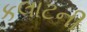
કલાટની